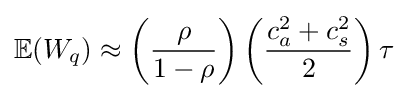
\mathbb {E} (W_{q})\approx \left({\frac {\rho }{1-\rho }}\right)\left({\frac {c_{a}^{2}+c_{s}^{2}}{2}}\right)\tau